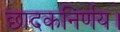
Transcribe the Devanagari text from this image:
छादकनिर्णय।